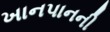
ખાનપાનની